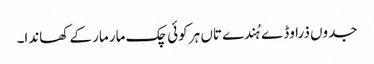
جدوں ذرا وڈے ہُندے تاں ہر کوئی چک مار مار کے کھاندا۔